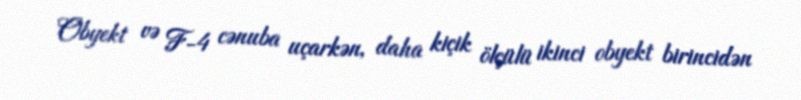
Obyekt və F-4 cənuba uçarkən, daha kiçik ölçülü ikinci obyekt birincidən